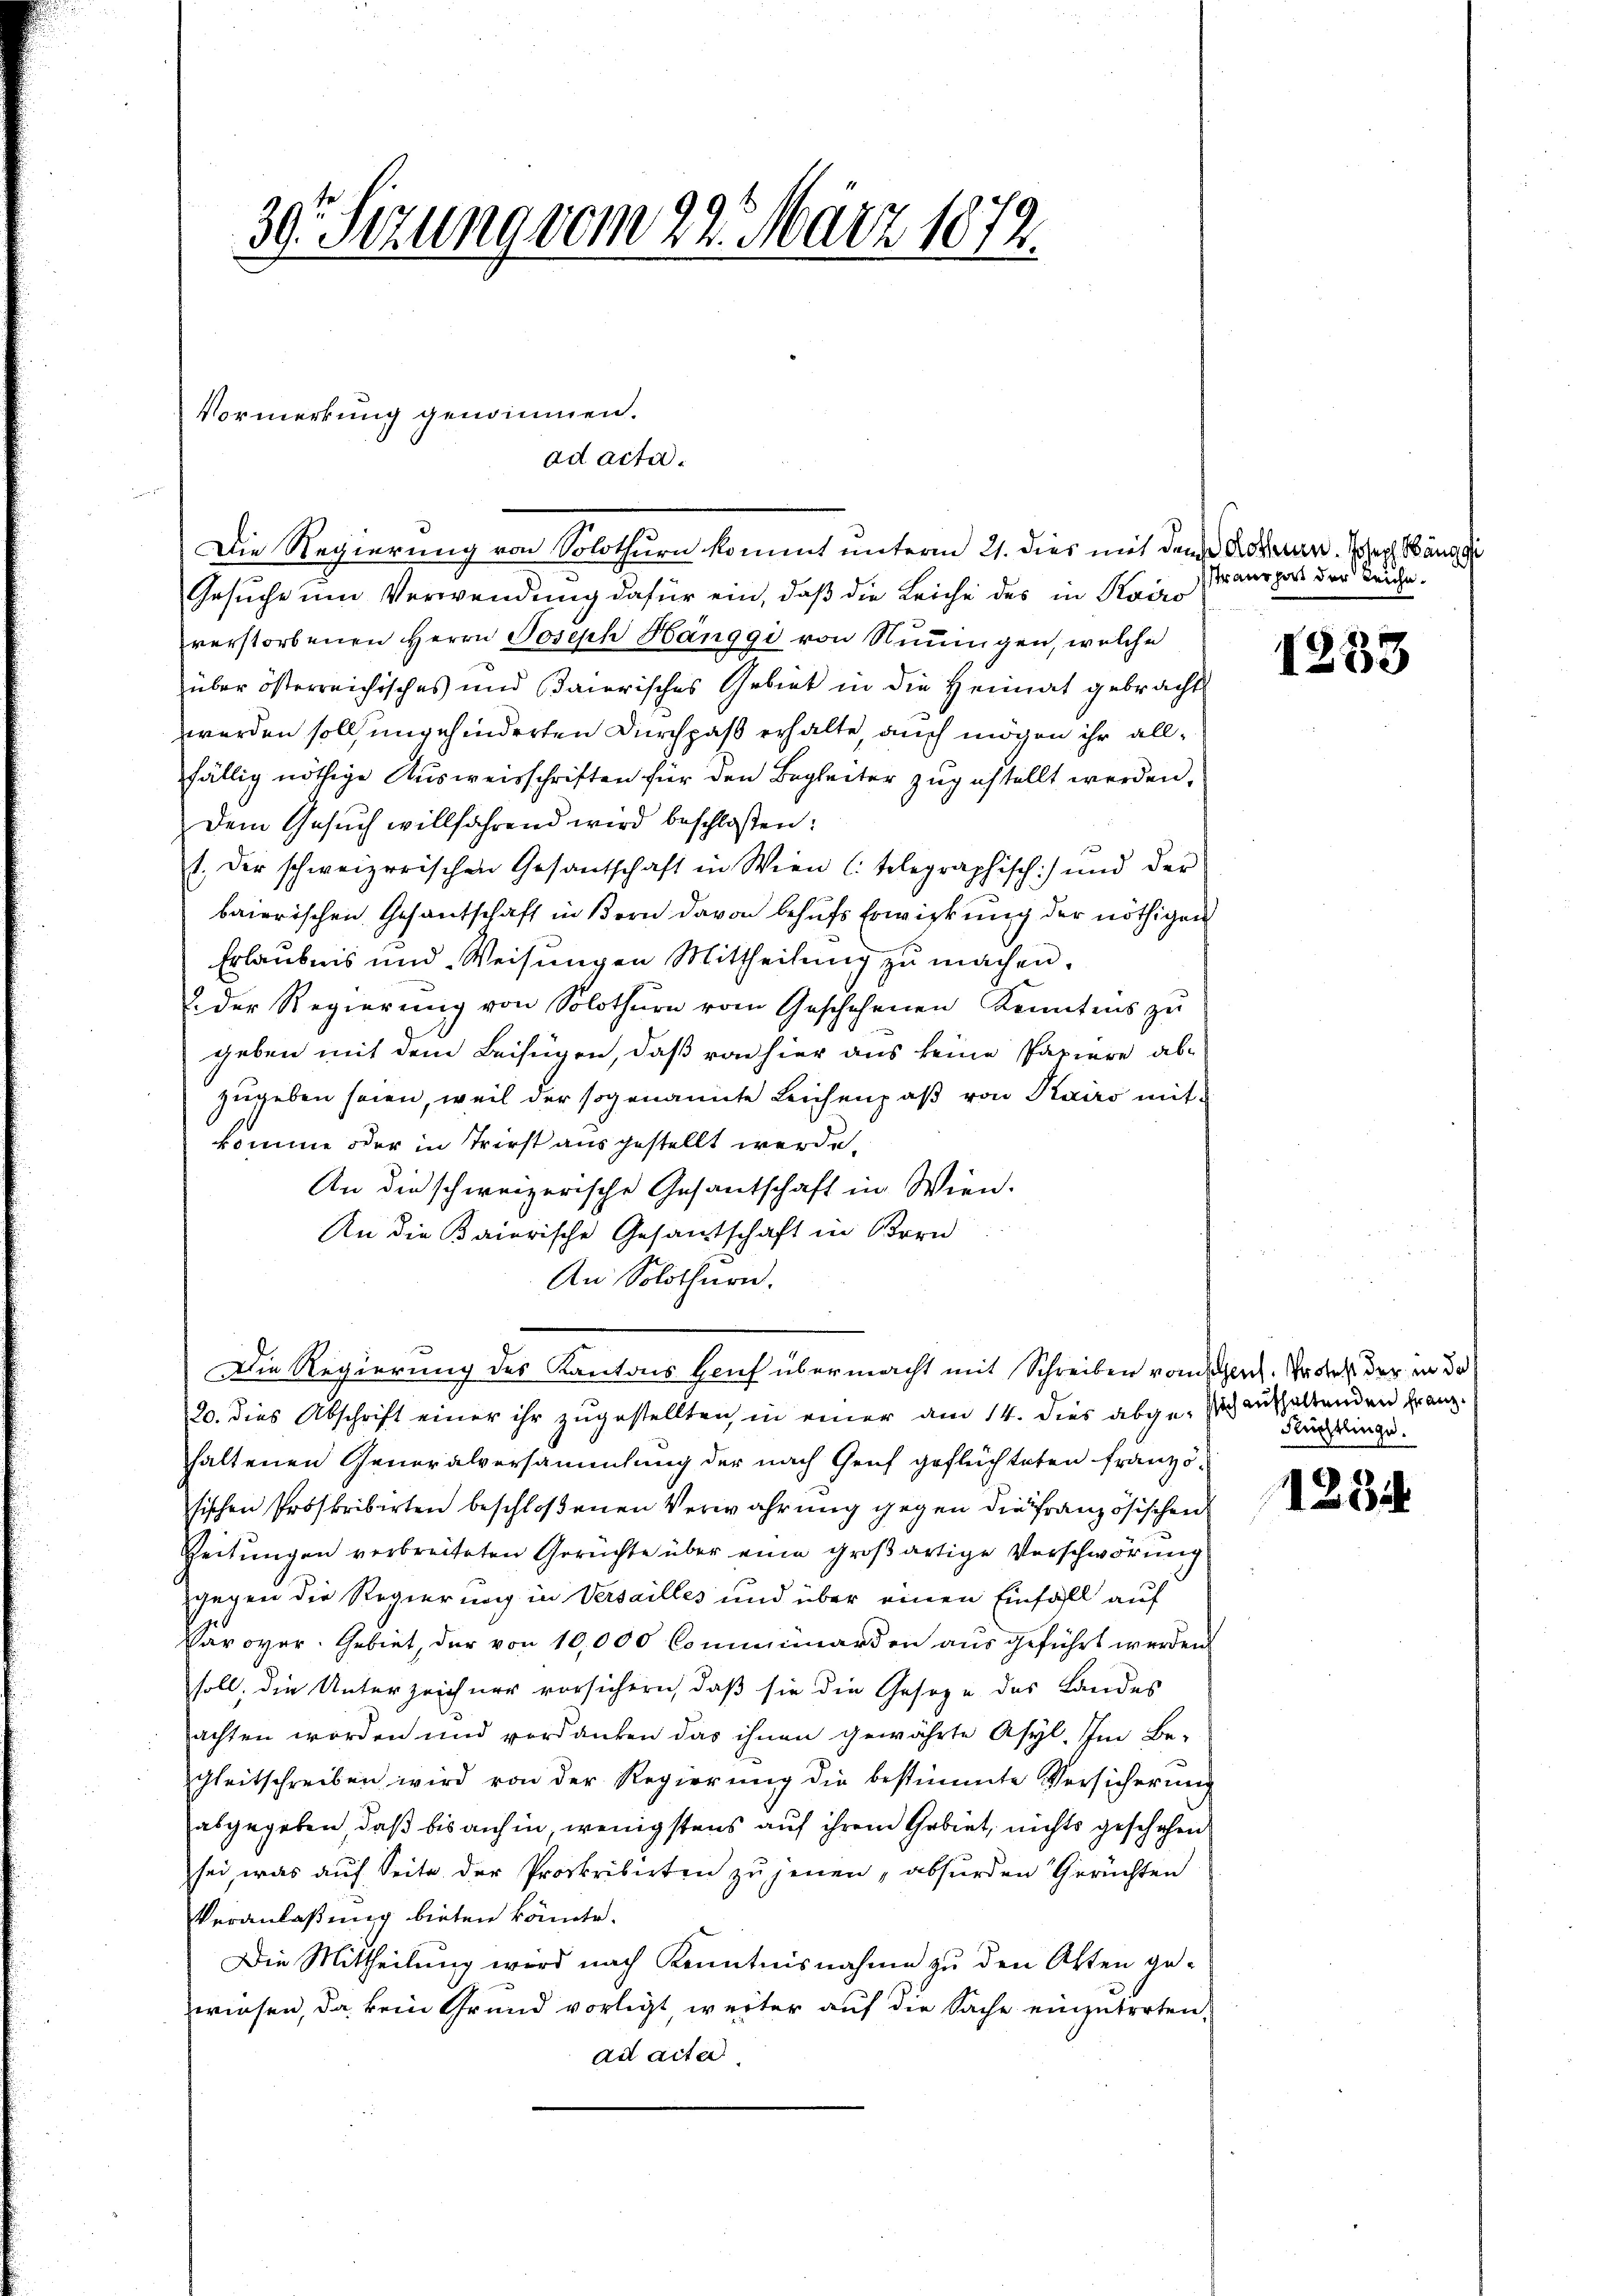
30. Sizung vom 22. März 1872.

Vormerkung genommen.
ad acta.

Die Regierung von Solothurn kommt unterm 21. dies mit den Sachenen. Joseph Bänzi
Gesuche um Verwendung dafür ein, daß die Leiche des in Kairo
verstorbenen Herrn Joseph Hänggi von Neuingen, welche
über österreichisches und Baierisches Gebiet in die Heimat gebracht
werden soll ungehinderten Durchpaß erhalte, auch mögen ihr allfällig nöthige Ausweisschriften für den Begleiter zugestellt werden,
Dem Gesuch willfahrend wird beschloßen:
1. der schweizerischen Gesantschaft in Wien (: telegraphisch) und der
baierischen Gesantschaft in Bern davon behŭfs Erwirkung der nöthigen
Erlaubnis und Weisungen Mittheilung zu machen.
u der Regierŭng von Solothurn vom Geschehenen Kenntnis zŭ
geben mit dem Beifügen, daß von hier aus keine Papiere ab-
zugeben seien, weil der sogenannte Leichenpaß von Kairo mitkomme oder in Triest ausgestellt werde.
An die schweizerische Gesantschaft in Wien.
An die Baierische Gesantschaft in Bern
An Solothurn.
Die Regierung des Kantons Heuf übermacht mit Schreiben vom schlich. Er des der in de
20. dies Abschrift einer ihr zugestellten, in einer am 14. dies abgesch aushaltenden Franz
haltenen Generalversammlung der nach Greif geflüchteten Franzö-
sischen Proskribirten beschloßenen Verwahrung gegen die Französischen
Zeitungen verbreiteten Gerüchte über eine großartige Verschwörung
gegen die Regierung in Versailles und über einen Einfall auf
Saroyer. Gebiet, der von 10,000 Comminarden ausgeführt werden.
soll; die Unterzeichner vorsichern, daß sie die Gesetze des Landes
achten worden und verdanken das ihnen gewährte Asyl. Im Be-
gleitschreiben wird von der Regierung die bestimmte Versicherung
abgegeben, daß bis anhin, wenigstens auf ihrem Gebiet, nichts geschehen
sei, was auf Seite der Proskribirten zu jenen „absurden Gerüchten
Veranlaßung bieten könnte.
Die Mittheilung wird nach Kenntnisnahme zu den Akten gewiesen, da kein Grund vorligt, weiter auf die Sache einzutreten,
ad acte

traurpert der Teuche.

1233

Rüchtlinge.

1234